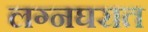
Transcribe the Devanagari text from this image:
लग्नघरात